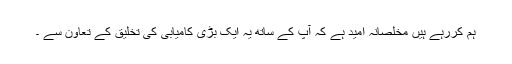
ہم کررہے ہیں مخلصانہ امید ہے کہ آپ کے ساتھ یہ ایک بڑی کامیابی کی تخلیق کے تعاون سے ۔